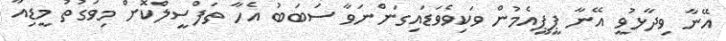
އޭނާ ވިދާޅުވީ އޭނާ ޕީޕީއެމުން ވަކިވެވަޑައިގަންނަވާ ސަބަބު އެހާ ތަފްސީލްކޮށް މިވަގުތު މީޑިއާ